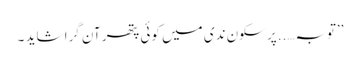
’’توبہ…..پر سکون ندی میں کوئی پتھر آن گرا شاید ۔